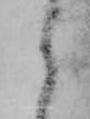
々